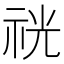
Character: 𥙑